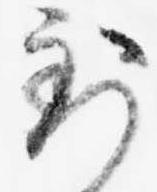
到